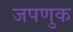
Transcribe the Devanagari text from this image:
जपणुक